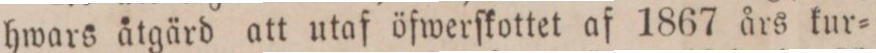
hwars åtgärd att utaf öfwerſkottet af 1867 års kur=